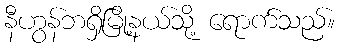
နီဟွန်ဘရှိမြို့နယ်သို့ ရောက်သည်။